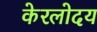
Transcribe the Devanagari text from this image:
केरलोदय